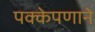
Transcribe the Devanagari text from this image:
पक्केपणाने